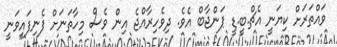
ވައްތަރަށް ކިޔަނީ އެޗް.ބީ.ޑީ ޕަންޖާބް އެވެ. ދިވެހިރާއްޖެ އިން ވެސް މިހާތަނަށް ފެނިފައިވަނީ